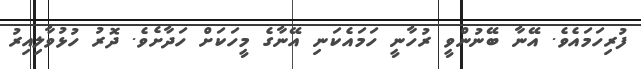
ފުރިހަމައެވެ. އޭނާ ބޭނުންވީ ރުހާނީ ހަމައެކަނި އޭނާގެ މީހަކަށް ހަދާށެވެ. ދޮރު ހުޅުވާލިއިރު